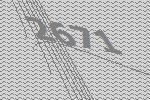
2671